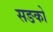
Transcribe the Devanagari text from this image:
सङको